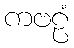
ကဗဠံ